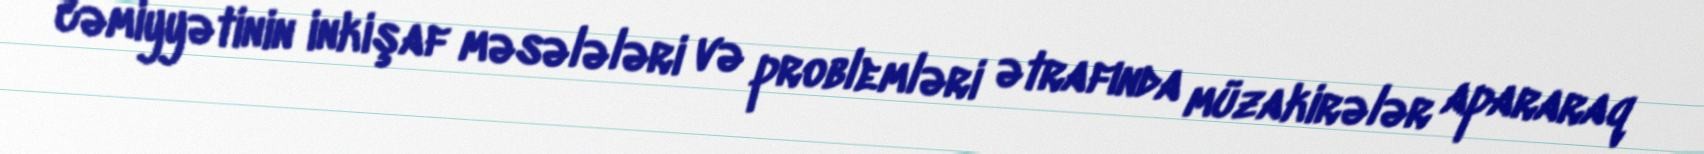
cəmiyyətinin inkişaf məsələləri və problemləri ətrafında müzakirələr apararaq